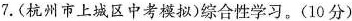
7.(杭州市上城区中考模拟)综合性学习。(10分)